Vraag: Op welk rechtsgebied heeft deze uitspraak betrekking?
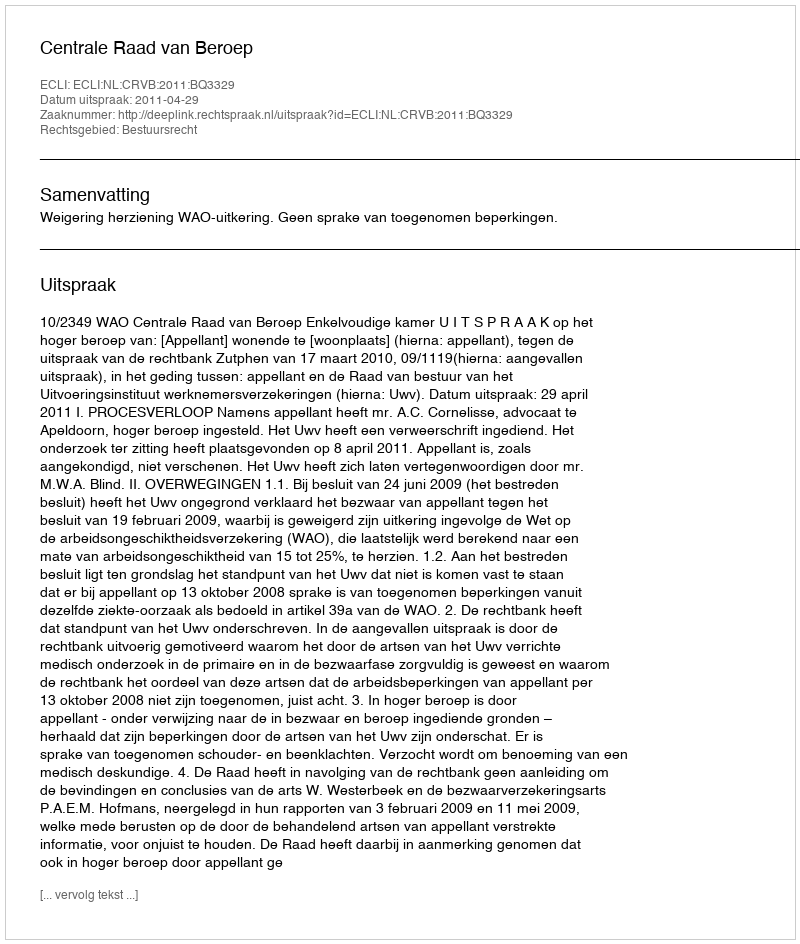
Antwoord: Bestuursrecht